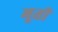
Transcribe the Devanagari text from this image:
मूतीं